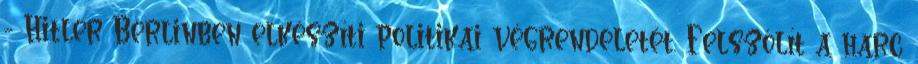
- Hitler Berlinben elkészíti politikai végrendeletét. Felszólít a harc